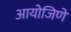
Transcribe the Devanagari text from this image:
आयोजिणे